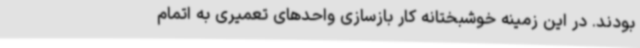
بودند. در این زمینه خوشبختانه کار بازسازی واحدهای تعمیری به اتمام